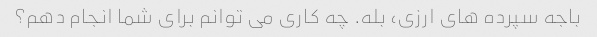
باجه سپرده های ارزی، بله. چه کاری می توانم برای شما انجام دهم؟